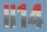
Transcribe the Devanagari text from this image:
॥१४